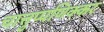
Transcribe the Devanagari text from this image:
चात्तुप्पणिक्कर